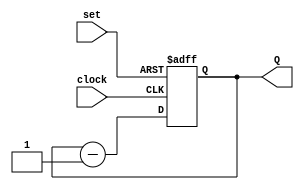
module Four_Bit_unsigned_DownCounter_case(Q, clock, set);
	
	output [3:0]Q;
	input clock, set;
	reg [3:0]Q;
	
	initial
		Q <= 4'b1111;
	always @(posedge clock or posedge set)
		begin
		//case for set
			case(set)
				1'b0: Q <= Q - 1'b1;
				1'b1: Q <= 4'b1111;
			endcase
		end
endmodule